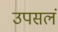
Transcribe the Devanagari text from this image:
उपसलं